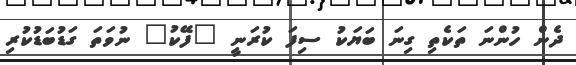
ދެން ހުންނަ ތަކެތި ގިނަ ބަޔަކު ސިފަ ކުރަނީ "ފޭކު" ނުވަތަ ގަޑުބަޑުކުރި